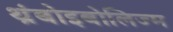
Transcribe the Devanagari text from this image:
थ्रंबोइबोलिज्म